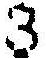
3